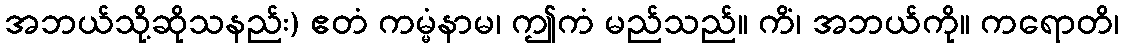
အဘယ်သို့ဆိုသနည်း) ဧတံ ကမ္မံနာမ၊ ဤကံ မည်သည်။ ကိံ၊ အဘယ်ကို။ ကရောတိ၊